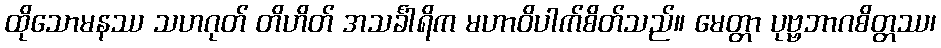
ထိုသောမနဿ သဟဂုတ် တိဟိတ် အသင်္ခါရိက မဟာဝိပါက်စိတ်သည်။ မေတ္တာ ပုဗ္ဗဘာဂစိတ္တဿ၊